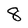
Character: 8